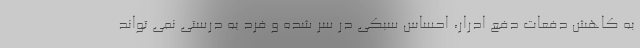
به کاهش دفعات دفع ادرار، احساس سبکی در سر شده و فرد به درستی نمی تواند